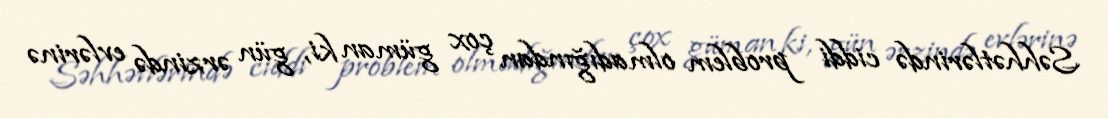
Səhhətlərində ciddi problem olmadığından çox güman ki, gün ərzində evlərinə